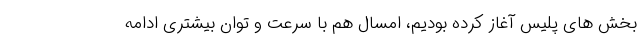
بخش های پلیس آغاز کرده بودیم، امسال هم با سرعت و توان بیشتری ادامه